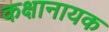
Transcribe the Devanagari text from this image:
कक्षानायक